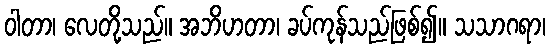
ဝါတာ၊ လေတို့သည်။ အဘိဟတာ၊ ခပ်ကုန်သည်ဖြစ်၍။ သသာဂရာ၊